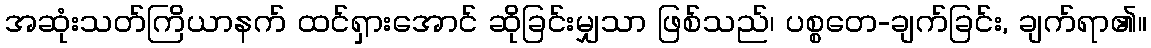
အဆုံးသတ်ကြိယာနက် ထင်ရှားအောင် ဆိုခြင်းမျှသာ ဖြစ်သည်၊ ပစ္စတေ-ချက်ခြင်း, ချက်ရာ၏။